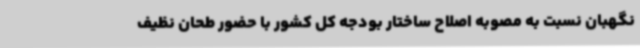
نگهبان نسبت به مصوبه اصلاح ساختار بودجه کل کشور با حضور طحان نظیف